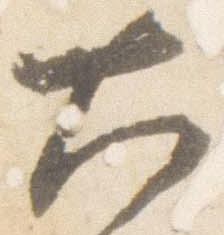
大